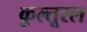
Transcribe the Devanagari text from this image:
कुल्तूरल